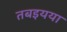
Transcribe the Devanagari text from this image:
तबइयया